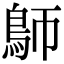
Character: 𩿐